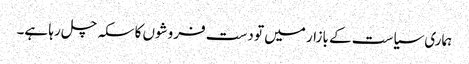
ہماری سیاست کے بازار میں تو دست فروشوں کا سکہ چل رہا ہے۔